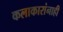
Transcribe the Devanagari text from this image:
कलाकारांनाही